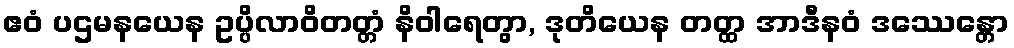
ဧဝံ ပဌမနယေန ဥပ္ပိလာဝိတတ္တံ နိဝါရေတွာ, ဒုတိယေန တတ္ထ အာဒီနဝံ ဒဿေန္တော